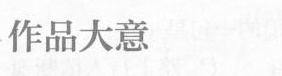
作品大意